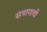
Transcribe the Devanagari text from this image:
संत्रागाची